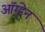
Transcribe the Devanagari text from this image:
ऑग्डेन